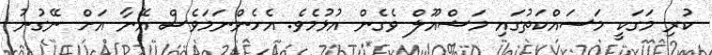
ކުރި މަގަކީ މަސައްކަތުގައި މަޝްއޫލް ވެގެން އުޅުމެވެ. އެހެންނަމަވެސް އޭނާ އަށް ނޭގުނު